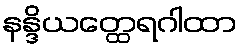
နန္ဒိယတ္ထေရဂါထာ